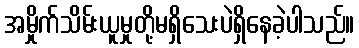
အမှိုက်သိမ်းယူမှုတို့မရှိသေးပဲရှိနေခဲ့ပါသည်။